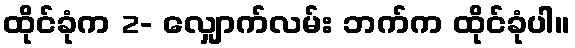
ထိုင်ခုံက 2- လျှောက်လမ်း ဘက်က ထိုင်ခုံပါ။